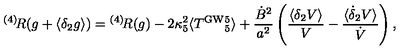
{ } ^ { ( 4 ) } \! R ( g + \langle \delta _ { 2 } g \rangle ) = { } ^ { ( 4 ) } \! R ( g ) - 2 \kappa _ { 5 } ^ { 2 } \langle T ^ { \mathrm { G W } } { } _ { 5 } ^ { 5 } \rangle + \frac { \dot { B } ^ { 2 } } { a ^ { 2 } } \left( \frac { \langle \delta _ { 2 } V \rangle } { V } - \frac { \langle \dot { \delta } _ { 2 } V \rangle } { \dot { V } } \right) ,